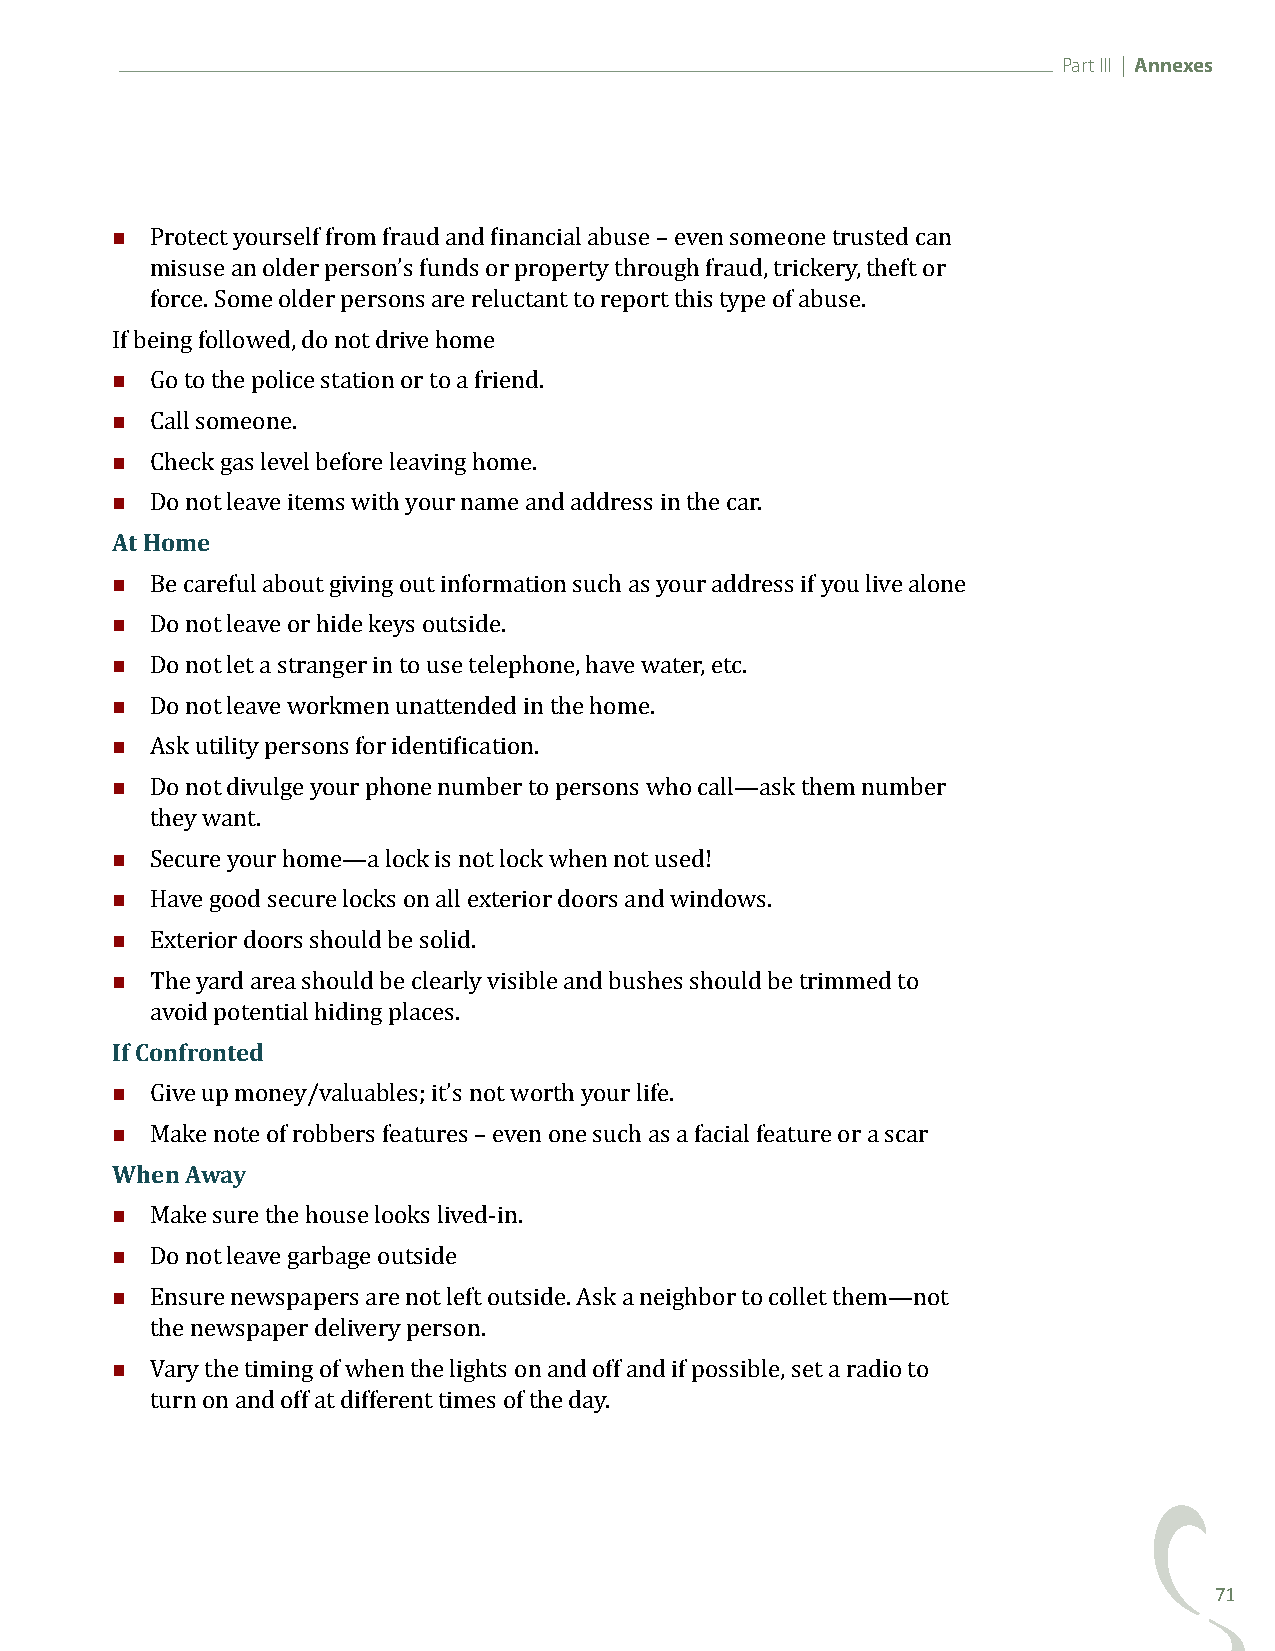
Part III | Annexes
 
 Protect yourself from fraud and financial abuse – even someone trusted can
 misuse an older person’s funds or property through fraud, trickery, theft or
 force. Some older persons are reluctant to report this type of abuse.
 
 If being followed, do not drive home
 
 Go to the police station or to a friend.
 
 Call someone.
 
 Check gas level before leaving home.
 At Home
 Do not leave items with your name and address in the car.
 
 
 Be careful about giving out information such as your address if you live alone
 
 Do not leave or hide keys outside.
 
 Do not let a stranger in to use telephone, have water, etc.
 
 Do not leave workmen unattended in the home.
 
 Ask utility persons for identification.
 Do not divulge your phone number to persons who call—ask them number
 
 they want.
 
 Secure your home—a lock is not lock when not used!
 
 Have good secure locks on all exterior doors and windows.
 
 Exterior doors should be solid.
 The yard area should be clearly visible and bushes should be trimmed to
 If Confronted
 avoid potential hiding places.
 
 
 Give up money/valuables; it’s not worth your life.
 When Away
 Make note of robbers features – even one such as a facial feature or a scar
 
 
 Make sure the house looks lived-in.
 
 Do not leave garbage outside
 Ensure newspapers are not left outside. Ask a neighbor to collet them—not
 
 the newspaper delivery person.
 Vary the timing of when the lights on and off and if possible, set a radio to
 turn on and off at different times of the day.
 71